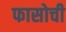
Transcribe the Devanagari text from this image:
फासोची